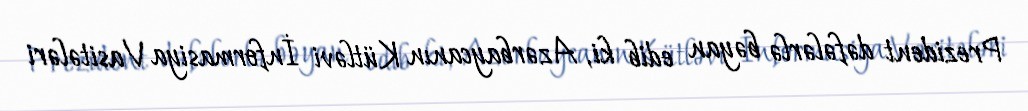
Prezident dəfələrlə bəyan edib ki, Azərbaycanın Kütləvi İnformasiya Vasitələri